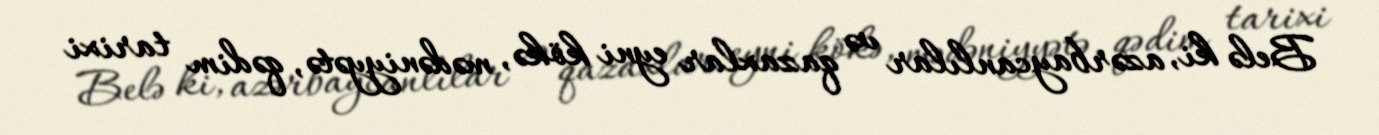
Belə ki, azərbaycanlılar və qazaxlar eyni kökə, mədəniyyətə, qədim tarixi